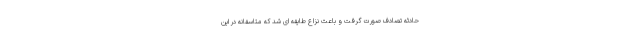
حادثه تصادف صورت گرفت و باعث نزاع طایفه ای شد که متاسفانه در این